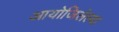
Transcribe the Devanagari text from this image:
आयोजिलेल्या